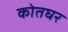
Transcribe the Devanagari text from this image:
कोतघर